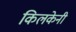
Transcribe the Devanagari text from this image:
किलकेनी